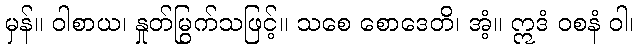
မှန်။ ဝါစာယ၊ နှုတ်မြွက်သဖြင့်။ သစေ စောဒေတိ၊ အံ့။ ဣဒံ ဝစနံ ဝါ၊